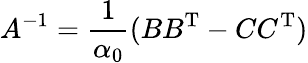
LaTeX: A^{-1}={\frac{1}{\alpha_{0}}}(BB^{\operatorname{T}}-CC^{\operatorname{T}})